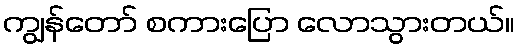
ကျွန်တော် စကားပြော လောသွားတယ်။